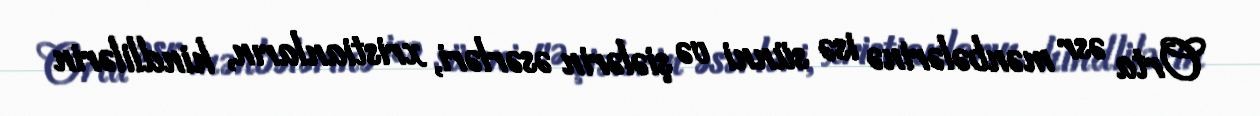
Orta əsr mənbələrinə isə sünni və şiələrin əsərləri, xristianların, hindlilərin